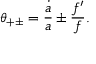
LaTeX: \theta _ { + \pm } = { \frac { \dot { a } } { a } } \pm { \frac { f ^ { \prime } } { f } } .